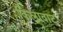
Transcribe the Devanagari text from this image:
किलावाट